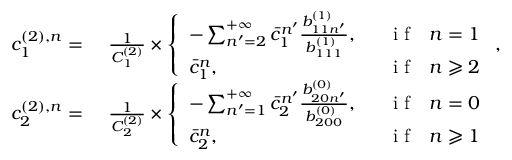
\begin{array} { r l } { c _ { 1 } ^ { ( 2 ) , n } = } & { { } \ \frac { 1 } { C _ { 1 } ^ { ( 2 ) } } \times \left\{ \begin{array} { l l } { - \sum _ { n ^ { \prime } = 2 } ^ { + \infty } \bar { c } _ { 1 } ^ { n ^ { \prime } } \frac { b _ { 1 1 n ^ { \prime } } ^ { ( 1 ) } } { b _ { 1 1 1 } ^ { ( 1 ) } } , } & { \mathrm { ~ ~ ~ i ~ f ~ ~ ~ } n = 1 } \\ { \bar { c } _ { 1 } ^ { n } , } & { \mathrm { ~ ~ ~ i ~ f ~ ~ ~ } n \geqslant 2 } \end{array} \right. , } \\ { c _ { 2 } ^ { ( 2 ) , n } = } & { { } \ \frac { 1 } { C _ { 2 } ^ { ( 2 ) } } \times \left\{ \begin{array} { l l } { - \sum _ { n ^ { \prime } = 1 } ^ { + \infty } \bar { c } _ { 2 } ^ { n ^ { \prime } } \frac { b _ { 2 0 n ^ { \prime } } ^ { ( 0 ) } } { b _ { 2 0 0 } ^ { ( 0 ) } } , } & { \mathrm { ~ ~ ~ i ~ f ~ ~ ~ } n = 0 } \\ { \bar { c } _ { 2 } ^ { n } , } & { \mathrm { ~ ~ ~ i ~ f ~ ~ ~ } n \geqslant 1 } \end{array} \right. } \end{array}